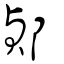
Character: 𨜓